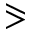
\eqslantgtr